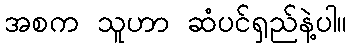
အစက သူဟာ ဆံပင်ရှည်နဲ့ပါ။